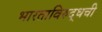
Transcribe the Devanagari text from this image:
भारताविरुद्धची